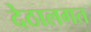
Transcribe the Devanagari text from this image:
देठालगत